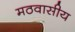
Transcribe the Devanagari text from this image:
मठवासीय